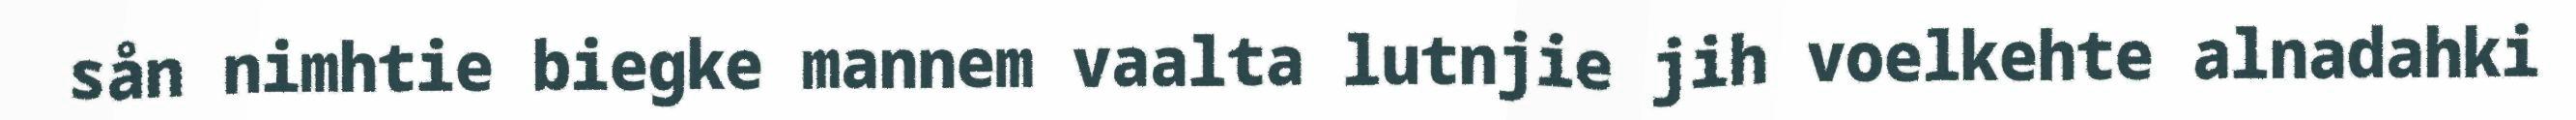
sån nimhtie biegke mannem vaalta lutnjie jih voelkehte alnadahki